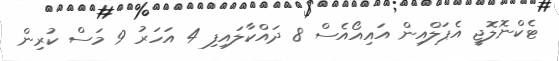
ޓެކްނޮލޮޖީ އެޕަލްއިން އައިއޯއެސް 8 ދައްކާލައިފި 4 އަހަރު 9 މަސް ކުރިން